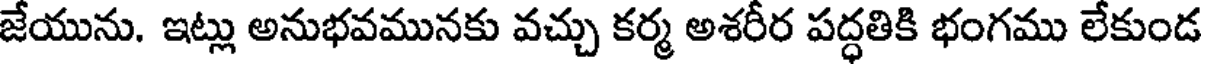
జేయును. ఇట్లు అనుభవమునకు వచ్చు కర్మ అశరీర పద్ధతికి భంగము లేకుండ